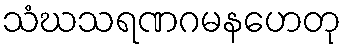
သံဃသရဏဂမနဟေတု